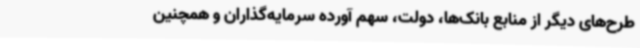
طرح‌های دیگر از منابع بانک‌ها، دولت، سهم آورده سرمایه‌گذاران و همچنین